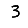
Digit: 3